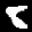
Label: 8